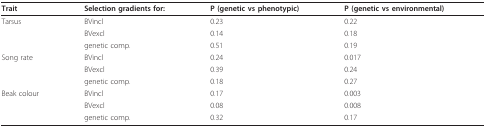
<table><thead><tr><td><b>Trait</b></td><td><b>Selection gradients for:</b></td><td><b>P (genetic vs phenotypic)</b></td><td><b>P (genetic vs environmental)</b></td></tr></thead><tbody><tr><td>Tarsus</td><td>BVincl</td><td>0.23</td><td>0.22</td></tr><tr><td></td><td>BVexcl</td><td>0.14</td><td>0.18</td></tr><tr><td></td><td>genetic comp.</td><td>0.51</td><td>0.19</td></tr><tr><td>Song rate</td><td>BVincl</td><td>0.24</td><td>0.017</td></tr><tr><td></td><td>BVexcl</td><td>0.39</td><td>0.24</td></tr><tr><td></td><td>genetic comp.</td><td>0.18</td><td>0.27</td></tr><tr><td>Beak colour</td><td>BVincl</td><td>0.17</td><td>0.003</td></tr><tr><td></td><td>BVexcl</td><td>0.08</td><td>0.008</td></tr><tr><td></td><td>genetic comp.</td><td>0.32</td><td>0.17</td></tr></tbody></table>